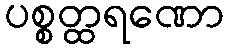
ပစ္စတ္ထရဏော